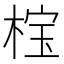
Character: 𬃏